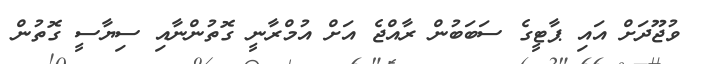
ވުޖޫދަށް އައި ޕާޓީގެ ސަބަބުން ރާއްޖެ އަށް އުމްރާނީ ގޮތުންނާއި ސިޔާސީ ގޮތުން